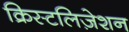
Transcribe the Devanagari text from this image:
क्रिस्टलिज़ेशन